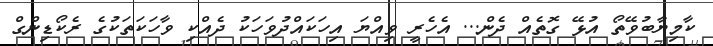
ކާމިޔާބުވޭތޯ އުޅޭ ގޮތެއް ދެން... އެހެރީ ވިއްޔަ އިހަކައްދުވަހަކު ދެއްކި ވާހަކަތަކުގެ ރެކޯޑިންގް